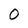
Character: 0